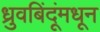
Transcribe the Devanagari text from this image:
ध्रुवबिंदूंमधून